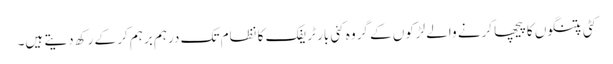
کٹی پتنگوں کا پیچھا کرنے والے لڑکوں کے گروہ کئی بار ٹریفک کا نظام تک درہم برہم کر کے رکھ دیتے ہیں۔